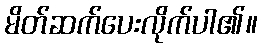
မိတ်ဆက်ပေးလိုက်ပါ၏။